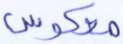
معكوس